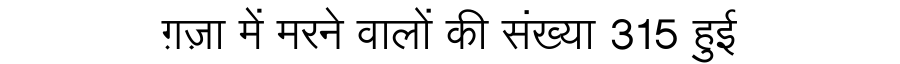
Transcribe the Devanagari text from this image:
ग़ज़ा में मरने वालों की संख्या 315 हुई